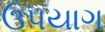
ઉપયાગ